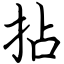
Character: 拈